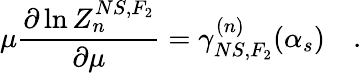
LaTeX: \mu\frac{\partial\ln Z_{n}^{NS,F_{2}}}{\partial\mu}=\gamma_{NS,F_{2}}^{(n)}(\alpha_{s})~~~~.